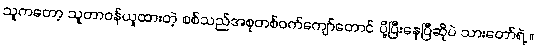
သူကတော့ သူတာဝန်ယူထားတဲ့ စစ်သည်အစုတစ်ဝက်ကျော်တောင် ပို့ပြီးနေပြီဆိုပဲ သားတော်ရဲ့ ။